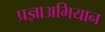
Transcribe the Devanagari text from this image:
प्रज्ञाअभियान